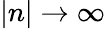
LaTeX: |n|\rightarrow\infty